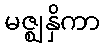
မဇ္ဈနှိကာ